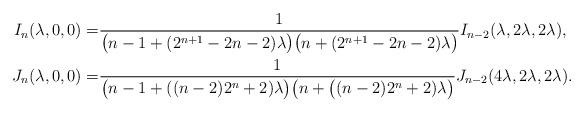
LaTeX: \begin{align*}I_n(\lambda, 0, 0) = & \frac{1}{\bigl(n-1+(2^{n+1}-2n-2)\lambda\bigr)\bigl(n+(2^{n+1}-2n-2)\lambda\bigr)} I_{n-2}(\lambda, 2\lambda, 2\lambda) , \\J_n(\lambda, 0, 0) = & \frac{1}{\bigl(n-1+((n-2)2^{n}+2)\lambda\bigr)\bigl(n+\bigl((n-2)2^{n}+2)\lambda\bigr)} J_{n-2}(4\lambda, 2\lambda, 2\lambda). \end{align*}